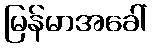
မြန်မာအခေါ်